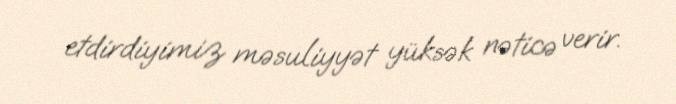
etdirdiyimiz məsuliyyət yüksək nəticə verir.